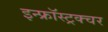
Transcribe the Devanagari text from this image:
इन्फ्रॉस्ट्रक्चर